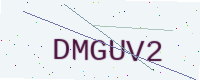
Text: DMGUV2